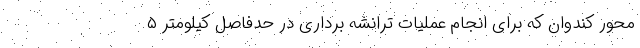
محور کندوان که برای انجام عملیات ترانشه برداری در حدفاصل کیلومتر ۵